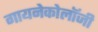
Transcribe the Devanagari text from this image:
गायनेकोलॉजी